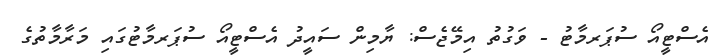
އެސްޓީއޯ ސުޕަރމާޓު - ވަގުތު އިމޭޖެސް: ޔާމިން ސައީދު އެސްޓީއޯ ސުޕަރމާޓުގައި މަރާމާތުގެ